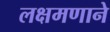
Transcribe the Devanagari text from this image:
लक्षमणाने